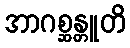
အာဂစ္ဆန္တူတိ